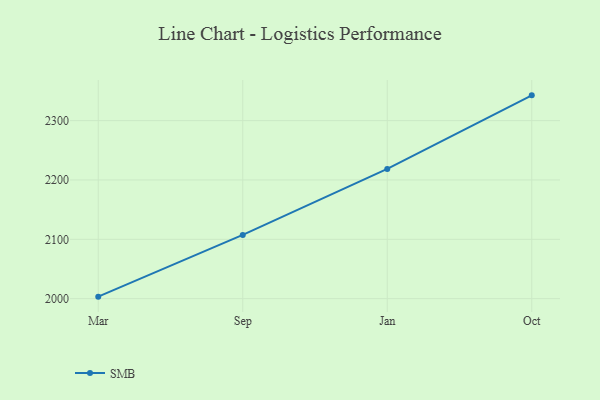
{"axis": {"x": "Month", "y": "Page Views"}, "legend": ["SMB"], "data": [{"x": "Mar", "y": 2003.4, "type": "SMB"}, {"x": "Sep", "y": 2107.4, "type": "SMB"}, {"x": "Jan", "y": 2218.6, "type": "SMB"}, {"x": "Oct", "y": 2342.6, "type": "SMB"}]}